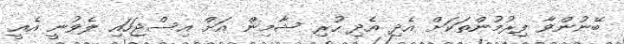
ބޭނުންވާ ފިރުމުންތަކަށް އެދި އެދި ހުރި ޝާމިން އަށް އިސްޖަހައި ލެވުނީ އެއީ